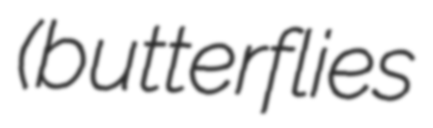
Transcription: (butterflies